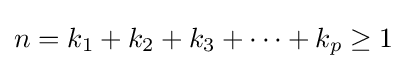
n=k_{1}+k_{2}+k_{3}+\cdots +k_{p}\geq 1